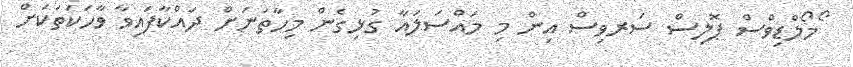
ޯމޯލްޑިވްސް ޕޮލިސް ސަރވިސް އިން މި މައްސަލައާ ގުޅިގެން މިހާތަނަށް ދައްކާފައިވާ ވާހަކަތަކަށް